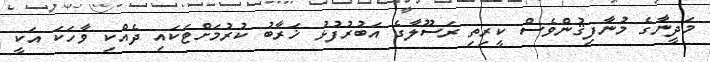
މަދީނާގެ މުނާފިޤުންވެސް ކީރިތި ރަސޫލާގެ އަބުރުފުޅު ޚަރާބު ކުރުމަށްޓަކައި ދެއްކި ވާހަކަ އަކީ